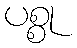
ပစ္စု